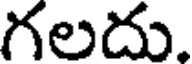
గలదు.